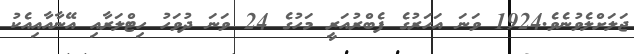
ޖަލަށްލެވުނެވެ.1924 ވަނަ އަހަރުގެ ފެބްރުއަރީ މަހުގެ 24 ވަނަ ދުވަހު ހިޓްލަރާއި އޭނާއާއިއެކު